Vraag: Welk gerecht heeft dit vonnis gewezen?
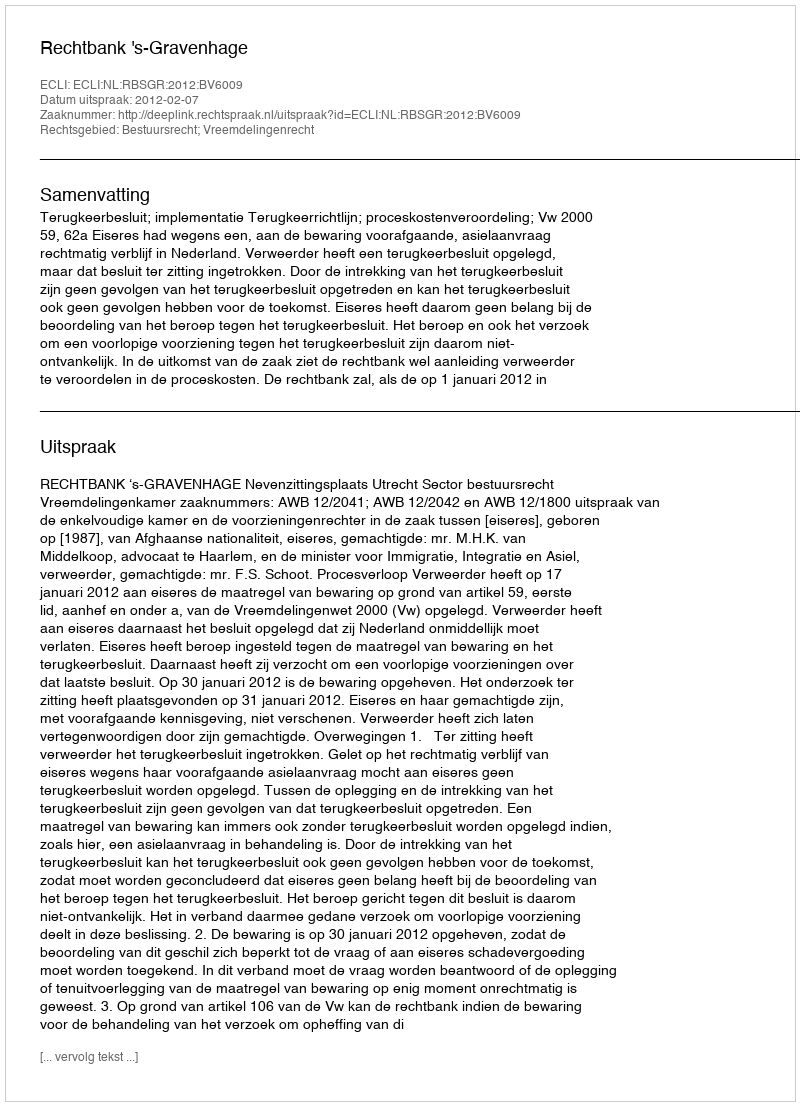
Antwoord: Rechtbank 's-Gravenhage